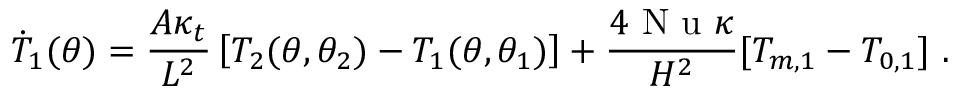
\dot { T } _ { 1 } ( \theta ) = \frac { A \kappa _ { t } } { L ^ { 2 } } \left[ T _ { 2 } ( \theta , \theta _ { 2 } ) - T _ { 1 } ( \theta , \theta _ { 1 } ) \right] + \frac { 4 \mathrm { ~ N ~ u ~ } \kappa } { H ^ { 2 } } [ T _ { m , 1 } - T _ { 0 , 1 } ] \ .